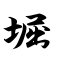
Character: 堀